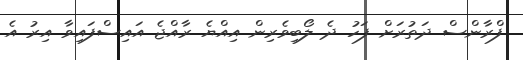
ފްރާންސް ދަތުރަށް ފަހު ދެ ލޯބިވެރިން އިއްޔެ ރާއްޖެ އައިސްފައިވާ އިރު އެ